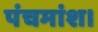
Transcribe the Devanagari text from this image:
पंचमांश।